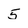
Character: 5